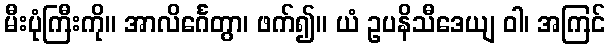
မီးပုံကြီးကို။ အာလိင်္ဂေတွာ၊ ဖက်၍။ ယံ ဥပနိသီဒေယျ ဝါ၊ အကြင်